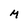
Character: M